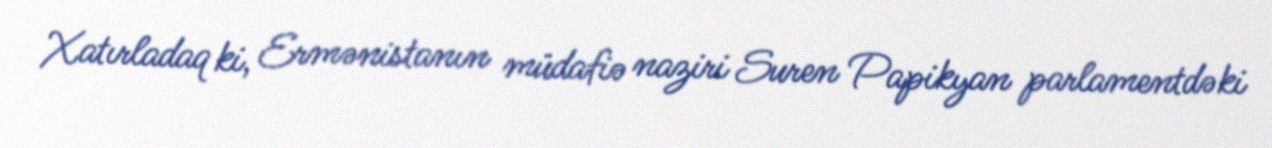
Xatırladaq ki, Ermənistanın müdafiə naziri Suren Papikyan parlamentdəki